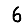
Digit: 6